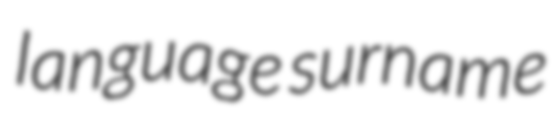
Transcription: language surname